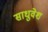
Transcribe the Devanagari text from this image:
साधुवेश